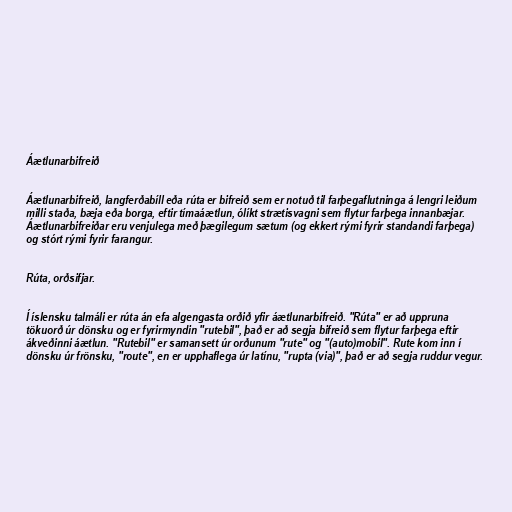
Áætlunarbifreið

Áætlunarbifreið, langferðabíll eða rúta er bifreið sem er notuð til farþegaflutninga á lengri leiðum
milli staða, bæja eða borga, eftir tímaáætlun, ólíkt strætisvagni sem flytur farþega innanbæjar.
Áætlunarbifreiðar eru venjulega með þægilegum sætum (og ekkert rými fyrir standandi farþega)
og stórt rými fyrir farangur.

Rúta, orðsifjar.

Í íslensku talmáli er rúta án efa algengasta orðið yfir áætlunarbifreið. "Rúta" er að uppruna
tökuorð úr dönsku og er fyrirmyndin "rutebil", það er að segja bifreið sem flytur farþega eftir
ákveðinni áætlun. "Rutebil" er samansett úr orðunum "rute" og "(auto)mobil". Rute kom inn í
dönsku úr frönsku, "route", en er upphaflega úr latínu, "rupta (via)", það er að segja ruddur vegur.